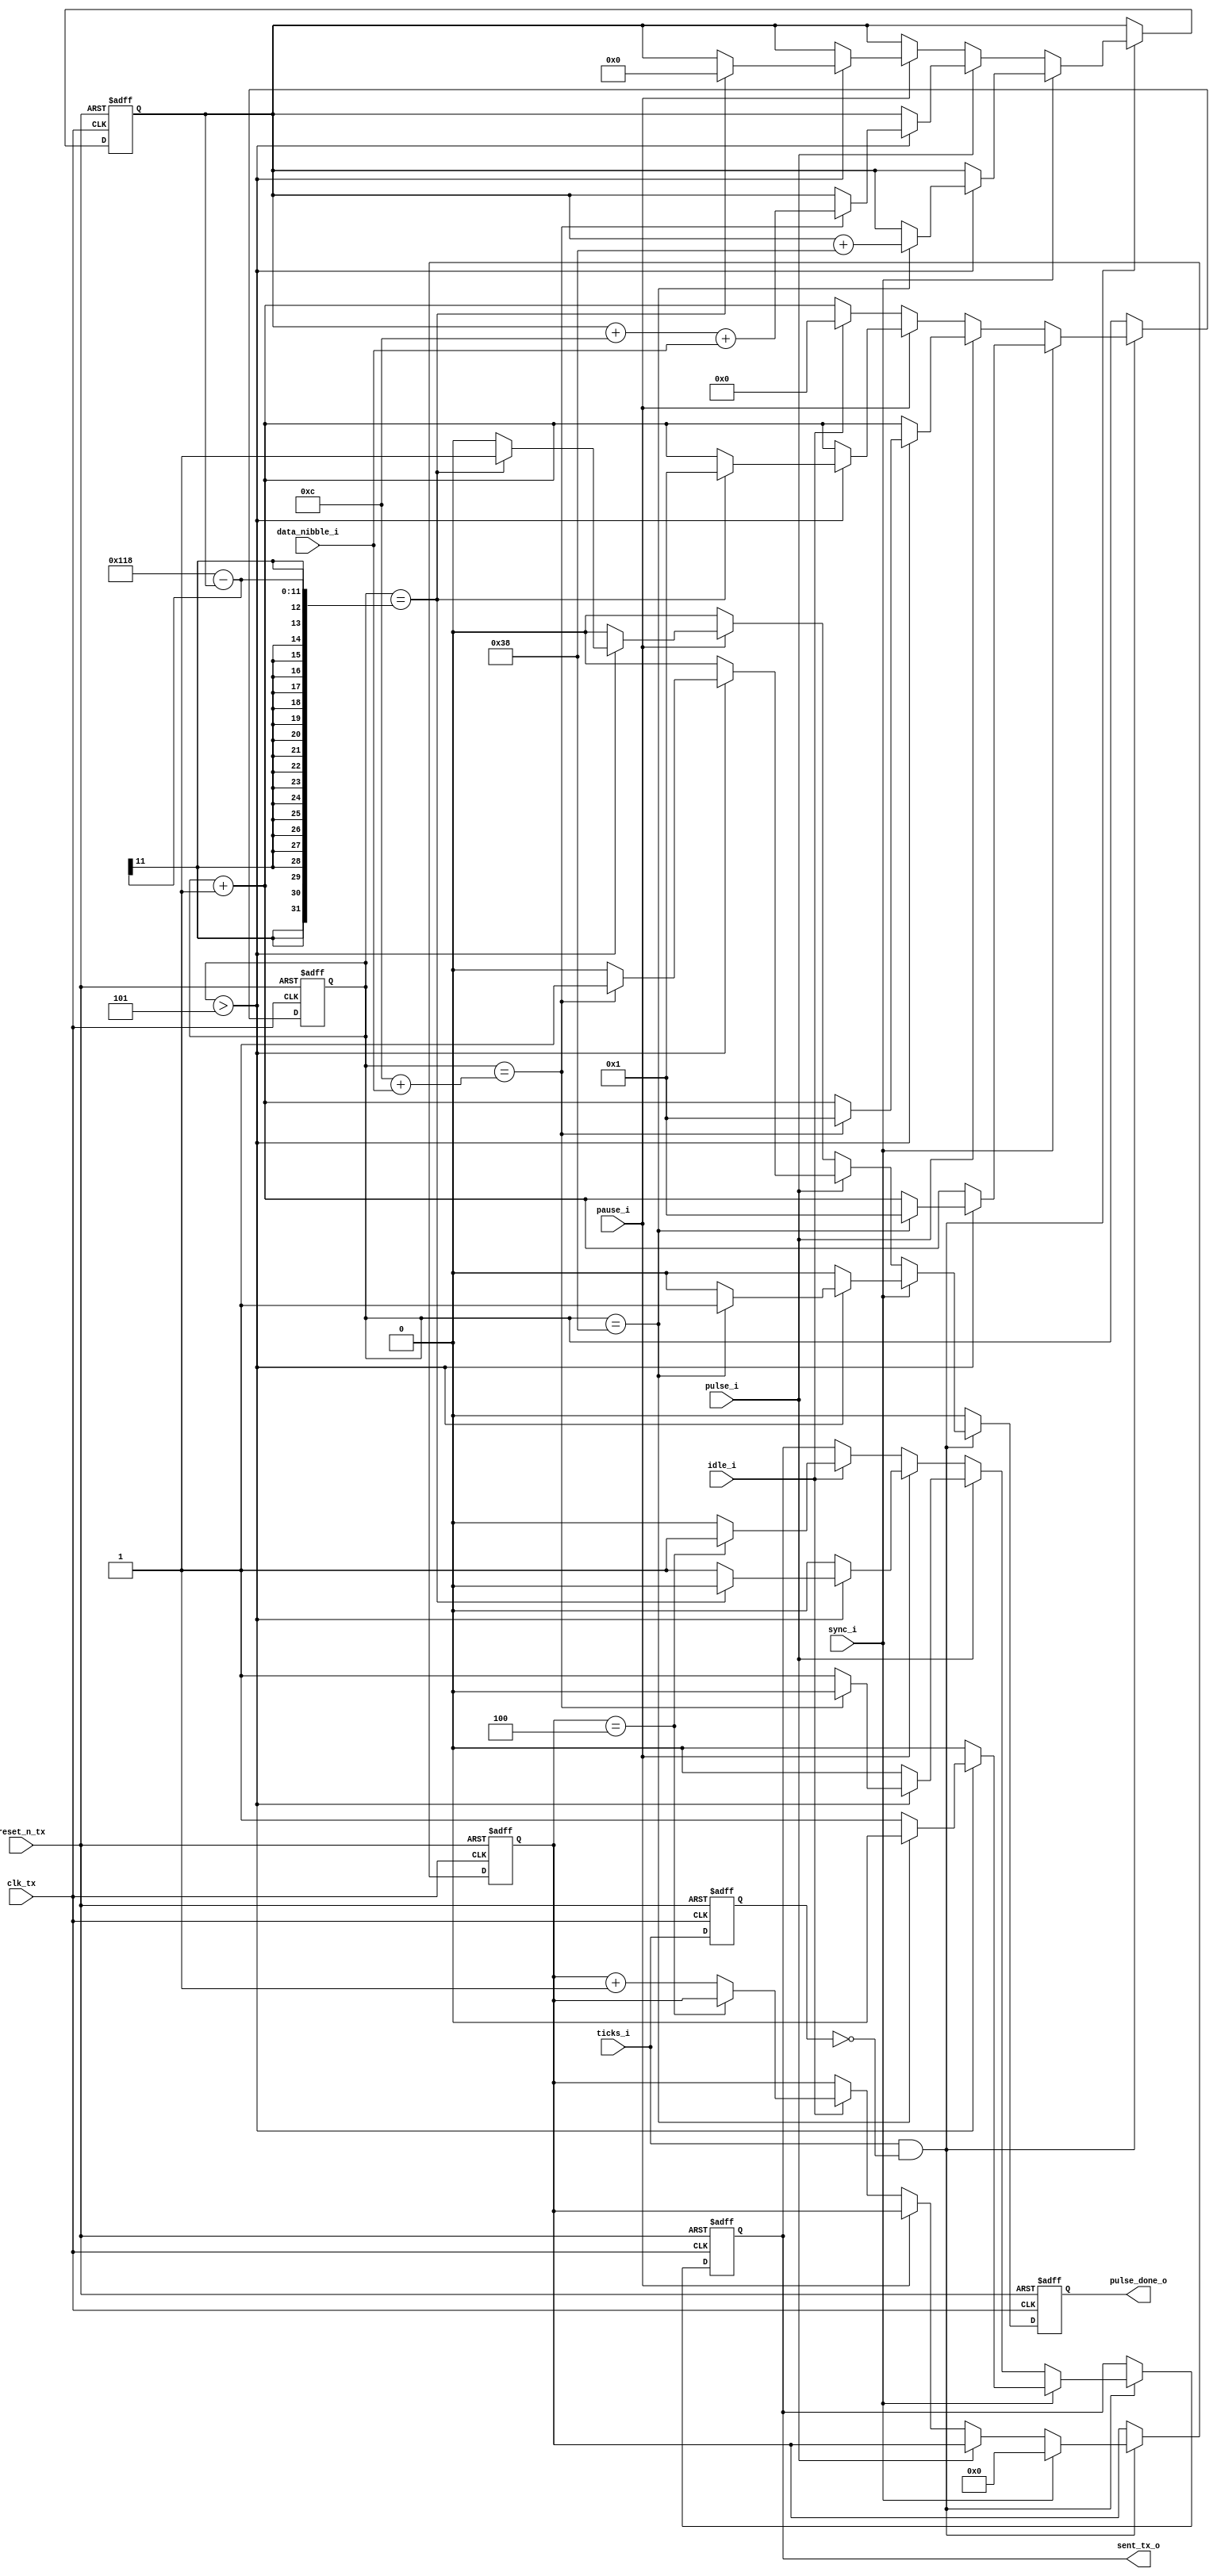
module sent_tx_pulse_gen(
    input clk_tx,
    input ticks_i,
    input reset_n_tx,

    input [3:0] data_nibble_i,
    input pulse_i,
    input sync_i,
    input pause_i,
    input idle_i,
    output reg pulse_done_o,

    output reg sent_tx_o
);

    reg sig_ticks; //saved pre ticks
    reg [10:0] count_ticks_i;
    reg [15:0] count;
    reg [3:0] count_zero_idle;

    always @(posedge clk_tx or negedge reset_n_tx) begin
        if (!reset_n_tx) begin
            count <= 0;
            sig_ticks <= 0;
            count_ticks_i <= 0;
            count_zero_idle <= 0;
            pulse_done_o <= 0;
            sent_tx_o <= 1;
        end else begin
            sig_ticks <= ticks_i;

            if (pulse_done_o) pulse_done_o <= 0; //Turn off at next posedge clk_tx

            if (ticks_i == 1 && sig_ticks == 0) begin // detect posedge ticks_i
                count <= count + 1;

                case (1'b1)
                    sync_i: begin
                        if (count > 5) begin
                            sent_tx_o <= 1; // after 6 ticks, sent_tx_output hold '1'
                            if (count == 56) begin // sync is 56 ticks
                                sent_tx_o <= 0;
                                pulse_done_o <= 1; // done state sync
                                count <= 1;
                                count_ticks_i <= count_ticks_i + 56; // count number of ticks in this state
                            end
                        end else begin
                            sent_tx_o <= 0; // initial fixed logic '0' in 6 ticks
                        end
                        count_zero_idle <= 0;
                    end

                    pulse_i: begin
                        if (count > 5) begin
                            sent_tx_o <= 1; // after 6 ticks, sent_tx_output hold '1'
                            if (count == 12 + data_nibble_i) begin // status, data, crc 0-27 ticks
                                sent_tx_o <= 0;
                                pulse_done_o <= 1;
                                count <= 1;
                                count_ticks_i <= count_ticks_i + 12 + data_nibble_i; // count number of ticks in this state
                            end
                        end else begin
                            sent_tx_o <= 0;
                        end
                    end

                    pause_i: begin
                        if (count > 5) begin
                            sent_tx_o <= 1; // after 6 ticks, sent_tx_output hold '1'
                            if (count == 280 - count_ticks_i) begin // 1 frame fixed 280 ticks
                                sent_tx_o <= 0;
                                pulse_done_o <= 1;
                                count <= 1;
                                count_ticks_i <= 0;
                            end
                        end else begin
                            sent_tx_o <= 0;
                        end
                    end

                    idle_i: begin
                        count <= 0;
                        if (count_zero_idle == 4) begin // negedge and posedge is 4 ticks, announce stop
                            sent_tx_o <= 1; // sent_tx_o hold '1' until next enable
                        end else begin
                            count_zero_idle <= count_zero_idle + 1;
                            sent_tx_o <= 0;
                        end
                    end

                    default: begin
                        // Do nothing if no valid input signals
                    end
                endcase
            end
        end
    end
endmodule